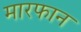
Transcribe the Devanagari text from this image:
मारफान